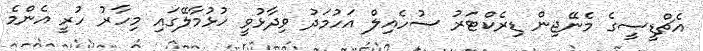
އެޗްޑީސީގެ މެނޭޖިން ޑިރެކްޓަރު ސުހެއިލް އަހުމަދު ވިދާޅުވީ ހުޅުމާލޭގައި މިހާރު ހުރީ އެންމެ